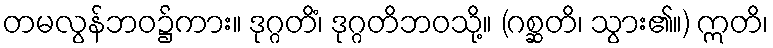
တမလွန်ဘဝ၌ကား။ ဒုဂ္ဂတိံ၊ ဒုဂ္ဂတိဘဝသို့။ (ဂစ္ဆတိ၊ သွား၏။) ဣတိ၊